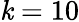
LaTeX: \mathit{k}=10